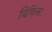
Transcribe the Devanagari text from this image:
विविक्तः